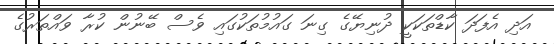
އަދި އެފަދަ ކާޑްތަކަކީ ދުނިޔޭގެ ގިނަ ގައުމުތަކުގައި ވެސް ބޭނުން ކުރާ ވައްތަރުގެ